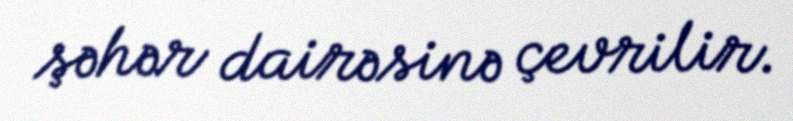
şəhər dairəsinə çevrilir.